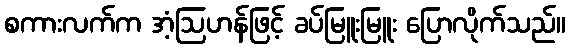
စကားလက်က အံ့ဩဟန်ဖြင့် ခပ်မြူးမြူး ပြောလိုက်သည်။